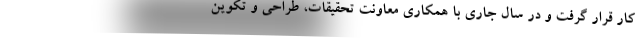
کار قرار گرفت و در سال جاری با همکاری معاونت تحقیقات، طراحی و تکوین